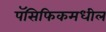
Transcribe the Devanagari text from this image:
पॅसिफिकमधील